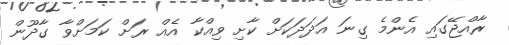
ރާއްޖޭގައި އެންމެ ގިނަ އަދަދަކަށް ކާށި ވިއްކާ އެއް ރަށް ކަމަށްވާ ގާދޫން